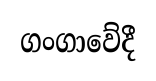
ගංගාවේදී